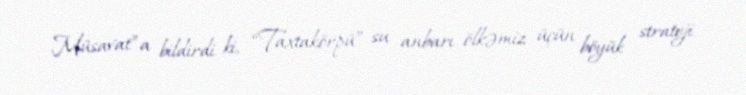
Müsavat”a bildirdi ki, “Taxtakörpü” su anbarı ölkəmiz üçün böyük strateji